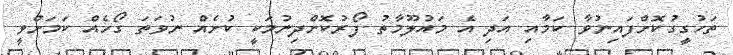
ތަހުގީގުކޮށްފައިނުވާ ކަމާއި އަދި އެ މައުލޫމާތު ފޯރުކޮށްދިނުމަކީ ކުށެއް ނުވަތަ ގޯހެއް ކަމަށްވީ